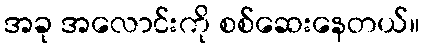
အခု အလောင်းကို စစ်ဆေးနေတယ်။